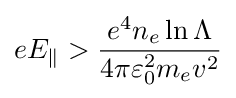
eE_{\parallel }>{\frac {e^{4}n_{e}\ln {\Lambda }}{4\pi \varepsilon _{0}^{2}m_{e}v^{2}}}